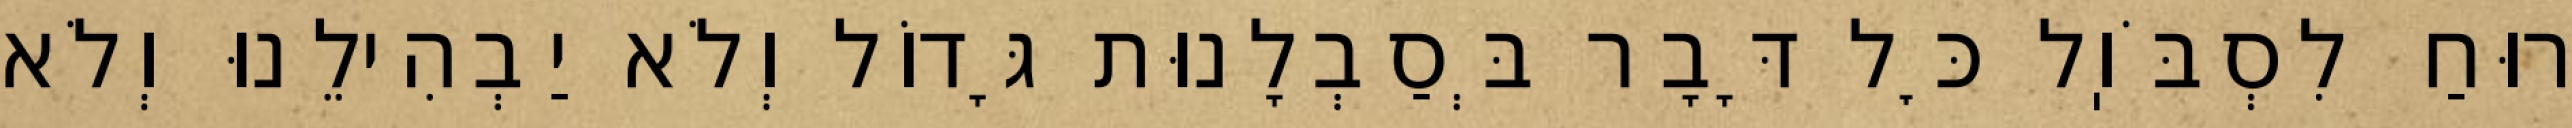
רוּחַ לִסְבֹּוֽל כׇּל דָּבָר בְּסַבְלָנוּת גָּדוֹל וְלֹא יַבְהִילֵנוּ וְלֹא